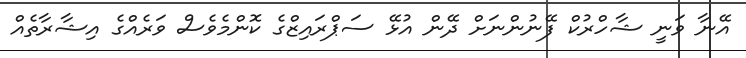
އޭނާ ވަނީ ޝާހްރުކް ފޭނުންނަށް ދޭން އުޅޭ ސަޕްރައިޒްގެ ކޮންމެވެސް ވަރެއްގެ އިޝާރާތެއް